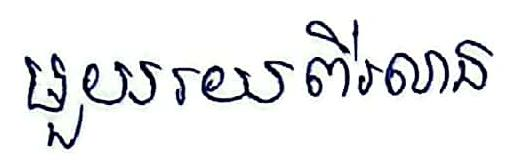
មួយរយពីរលាន